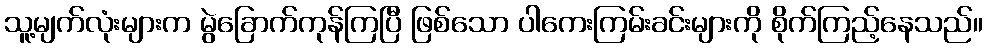
သူ့မျက်လုံးများက မွဲခြောက်ကုန်ကြပြီ ဖြစ်သော ပါကေးကြမ်းခင်းများကို စိုက်ကြည့်နေသည်။